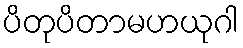
ပိတုပိတာမဟယုဂါ